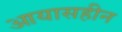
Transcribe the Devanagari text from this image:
आयासहीन